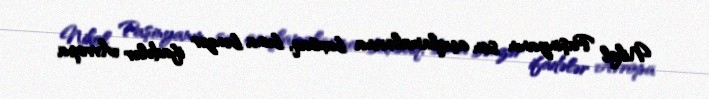
Nikol Paşinyanın son açıqlamalarına baxsaq, buna bənzər ifadələr Avropa